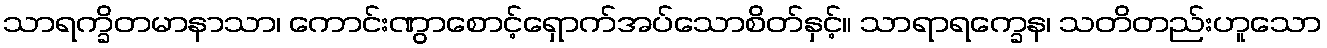
သာရက္ခိတမာနာသာ၊ ကောင်းဏွာစောင့်ရှောက်အပ်သောစိတ်နှင့်။ သာရာရက္ခေန၊ သတိတည်းဟူသော